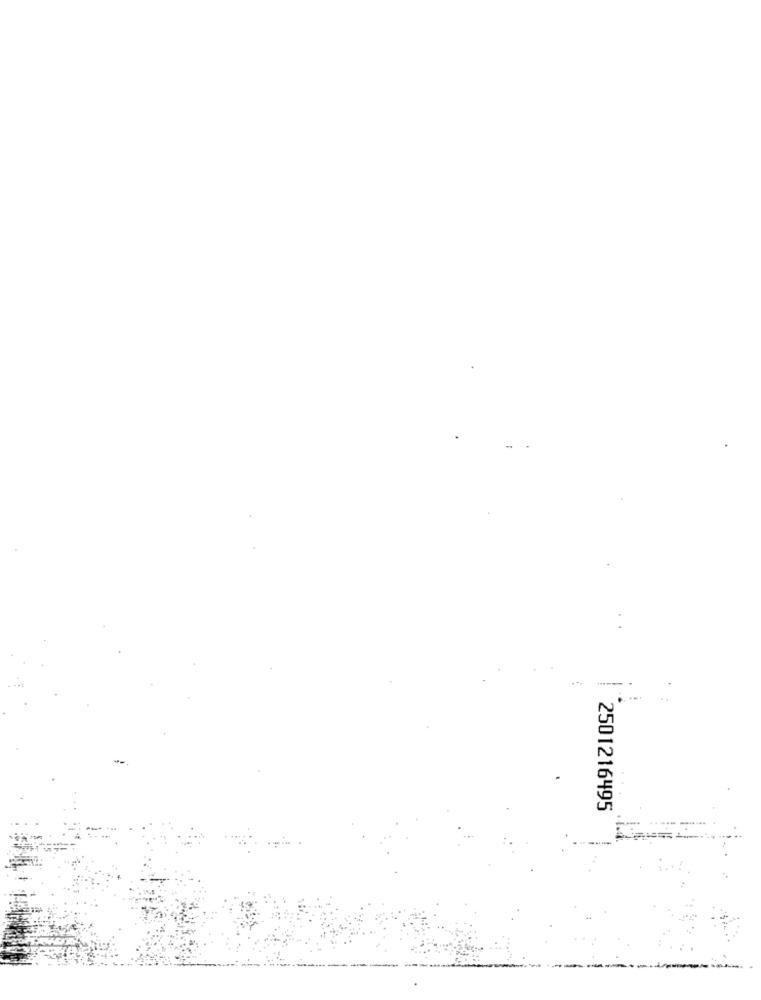
2501216495